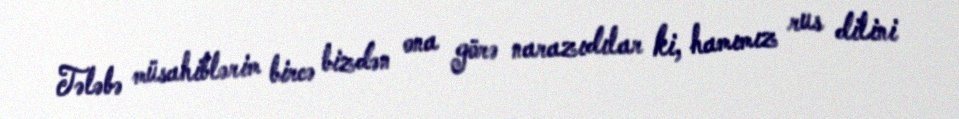
Tələbə müsahiblərim bircə bizdən ona görə narazıdılar ki, hamımız rus dilini